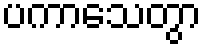
ပကာသေတွာ